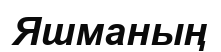
Яшманың